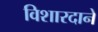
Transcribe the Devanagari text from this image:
विशारदाने